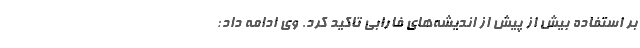
بر استفاده بیش از پیش از اندیشه‌های فارابی تاکید کرد. وی ادامه داد: